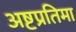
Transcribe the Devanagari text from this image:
अष्टप्रतिमा